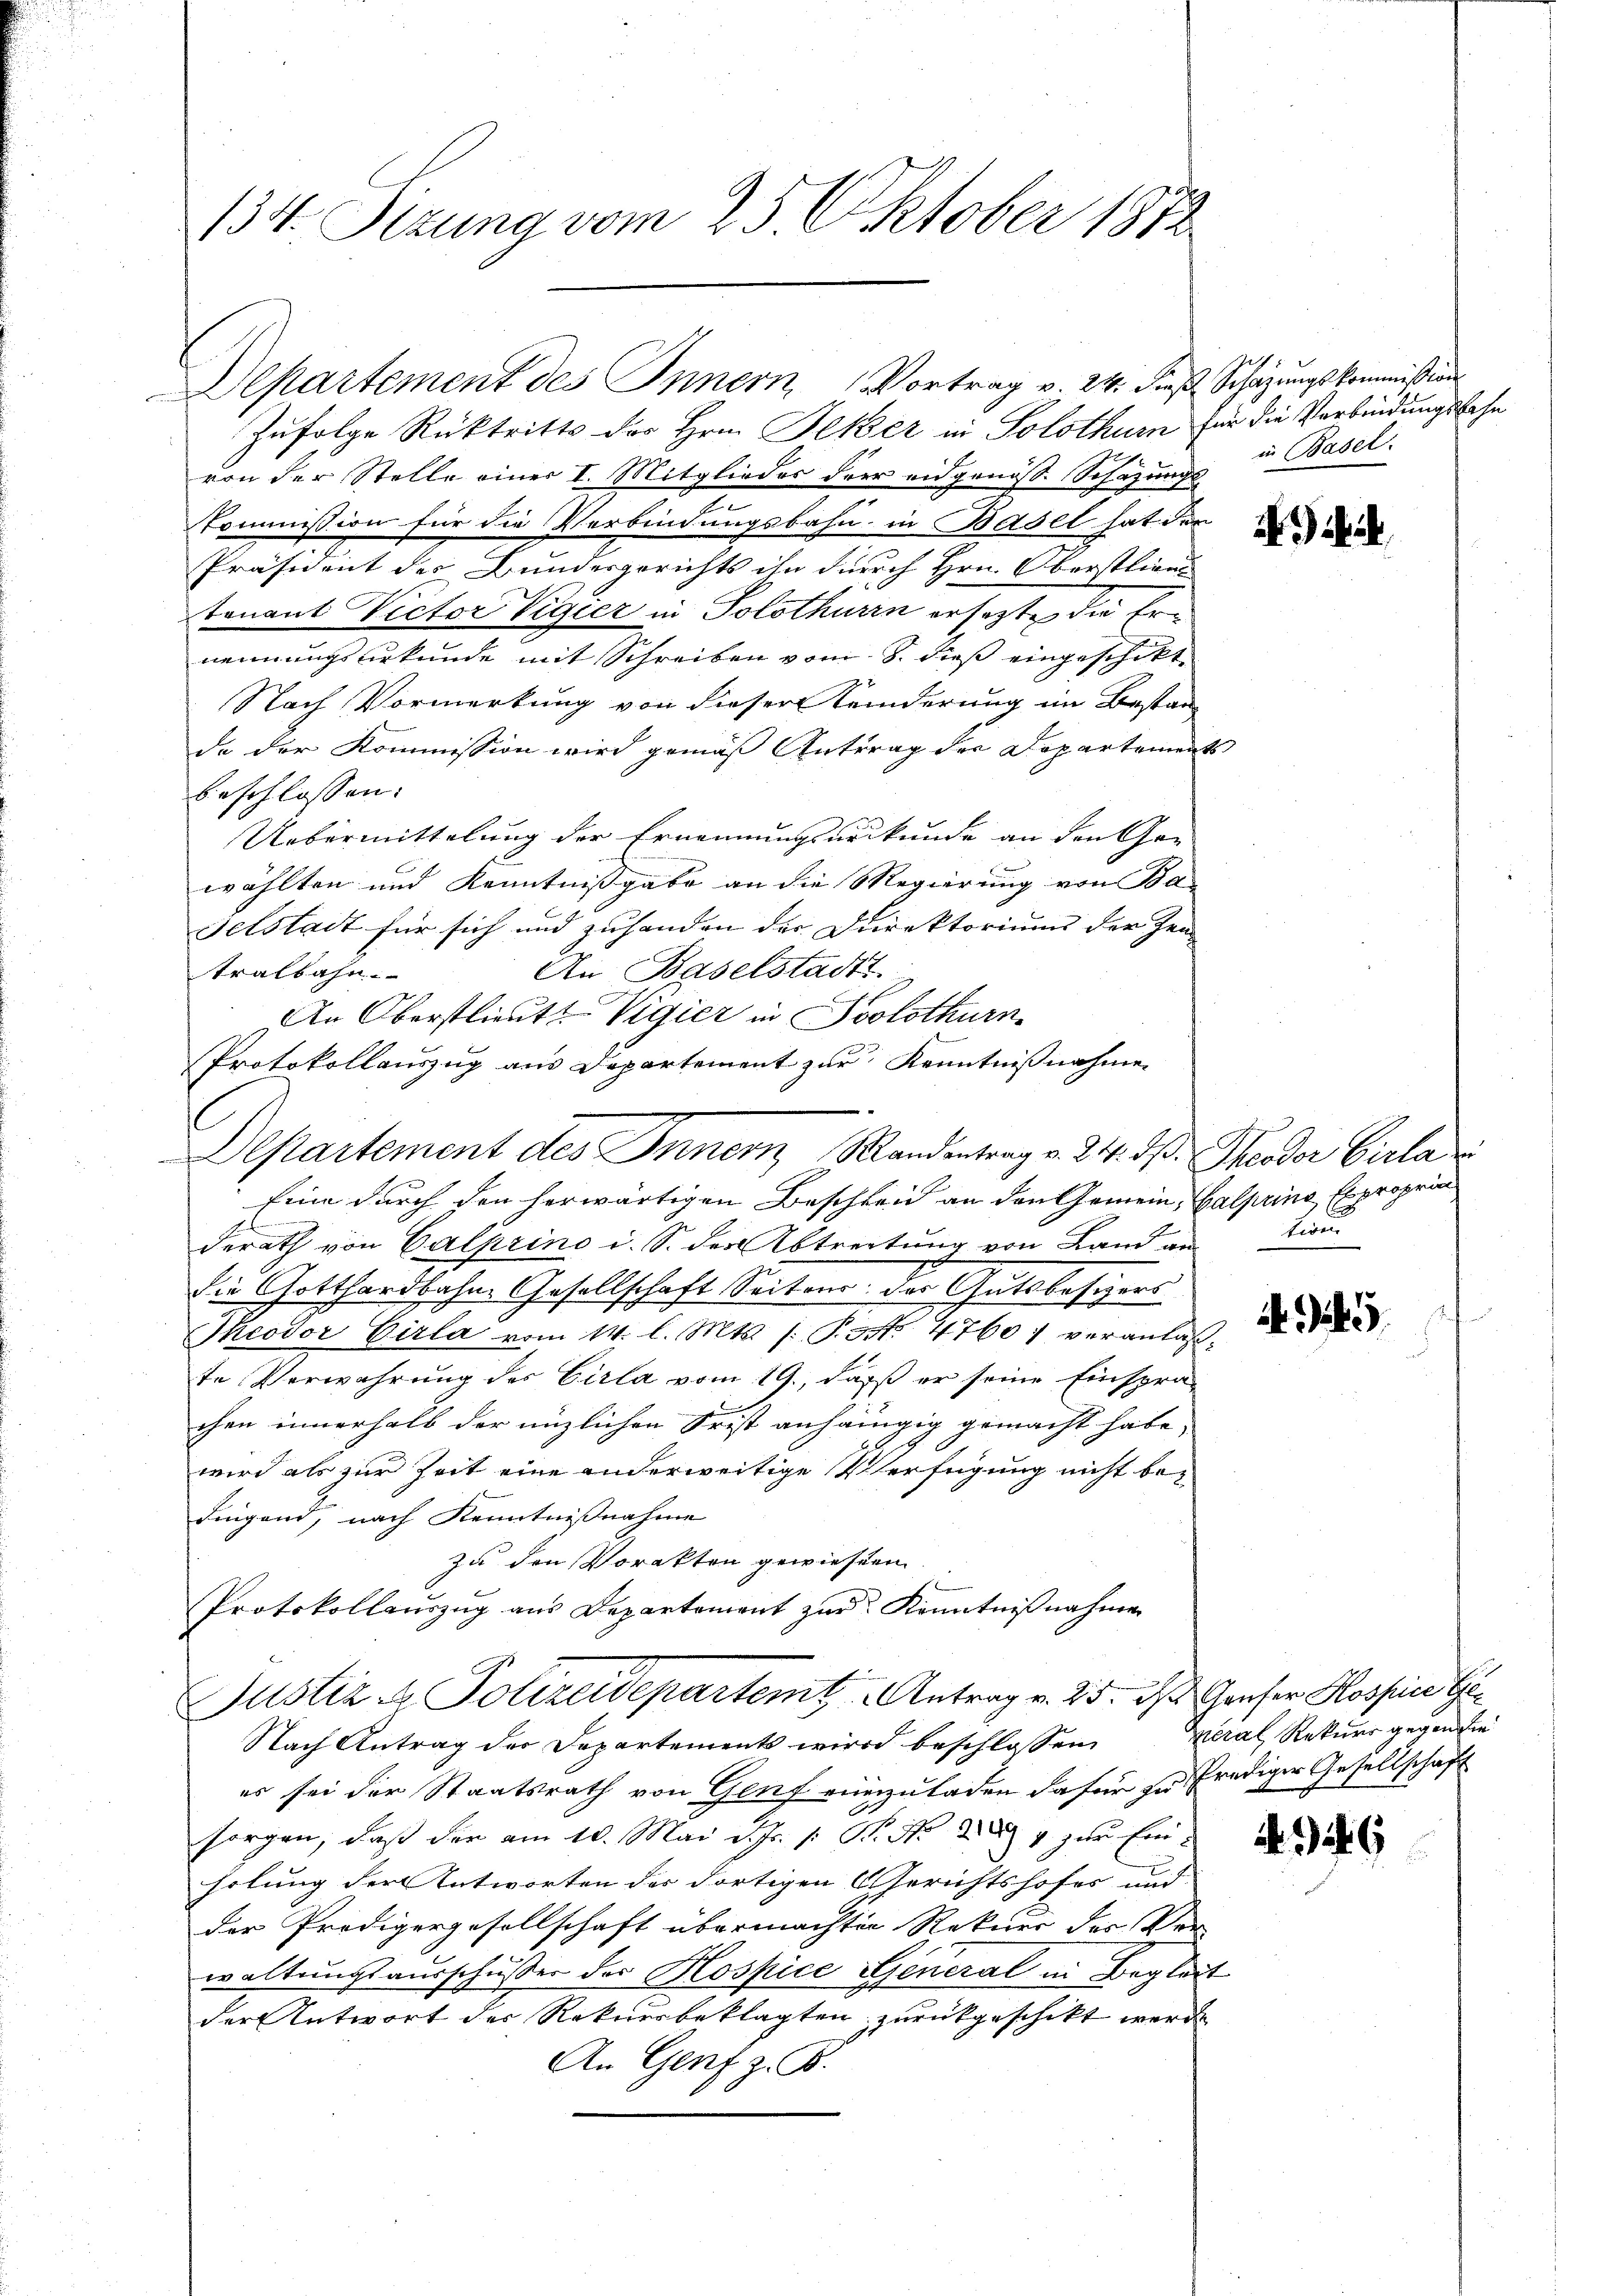
134. Sizung vom 25. Oktober 1872.

von der Stelle einer I. Mitglieder der eidgenöss. Schazungs in Basel.
Kommission für die Verbindungsbahn in Basel hat der
Präsident der Bundesgerichts ihn durch Hrn. Oberstling
tenant Victor Vigier in Solothurn ersetzte die Ernennungsurkunde mit Schreiben vom 8. dieß eingeschikt
Nach Vormerkung von dieser Seiderung im Bestan
de der Kommission wird gemäß Antrag der Departemen
beschlossen. |
Uebermittelung der Ernennungsurkunde an den Gewählten und Kenntnißgabe an die Regierung von Ba-
selstadt für sich und zuhanden der Direktoriums der Zen
tralbahn.
An Baselstadt
An Oberstlieut. Vigier in Solothurn.
Eine durch den herwärtigen Beschleid an der Gemein-Galprina, Exproprin
derath von Calprino d. S. der Abtreitung von Land an
die Gotthardbahne Gesellschaft Seitens der Gutsbesigers
Theodor Girla vom 14. l. Mts. (T.3 No 4760; veranlaß
te Verwahrung des Cirla vom 19., daß er seine Einspra-
chen innerhalb der unzlichen Frist anhängig gemacht habe,
1
wird als zur Zeit eine anderweitige Verfügung nicht bedingend, nach Kenntnißnahme
zu den Vorakten gewiesen
Protokollaŭszŭg aŭs Departement zur Kenntniβnahmen
Justiz & Polizeidepartemtz Antrag v. 25. ds Gruser Hossin Ge
Nach Antrag der Departements wird beschlossen,
es sei der Staatsrath von Genf einzuladen dafür zu Prediger Gesellschaft
sorgen, daß der am 10. Mai d. Js. s. B. N. 284 zur Einholung der Antworten der dortigen (Gerichtshofes und
der Predigergesellschaft übermachten Rekurs der Ver-
waltungsausschusser der Hospice General in Beglei
der Antwort der Rekursbeklagten zurückgeschickt werde
An Genf z. B.

Departement des Innern Vortrag v. 24. dies
Zufolge Rücktritts des Hrn. Jeker in Solothur für die Verbindungsbahn

Protokollauszug aus Departement zur Kenntnißnahme
Departement des Inner Sandentrag v. 24. ds. Theoder Cirla

Schazungskommission

t

i

Lan

245.

meral Rekurs gegen die

46